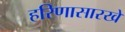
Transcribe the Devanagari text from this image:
हरिणासारखे